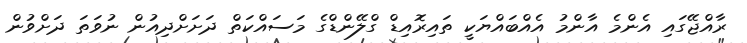
ރާއްޖޭގައި އެންމެ އާންމު އެއްބައްޔަކީ ތައިރޮއިޑް ގްލޭންޑްގެ މަސައްކަތް ދަށަށްދިއުން ނުވަތަ ދަށްވުން